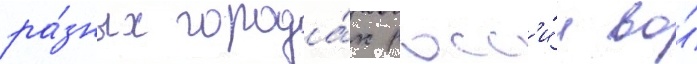
ра́зных города́х росс'и́и во́